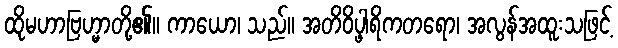
ထိုမဟာဗြဟ္မာတို့၏။ ကာယော၊ သည်။ အတိဝိပ္ဖါရိကတရော၊ အလွန်အထူးသဖြင့်